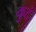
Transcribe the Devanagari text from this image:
कुटं